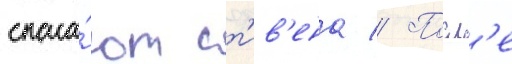
спаса́ют ст'ив'ена // Посл'е